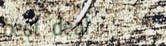
best deal